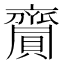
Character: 齎